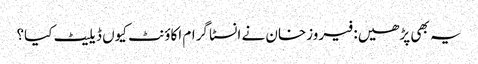
یہ بھی پڑھیں: فیروزخان نے انسٹا گرام اکاؤنٹ کیوں ڈیلیٹ کیا؟